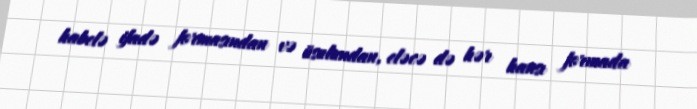
habelə ifadə formasından və üsulundan, eləcə də hər hansı formada